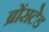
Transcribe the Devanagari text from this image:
ब्रोंसटेड